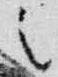
之